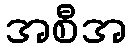
အစီအ